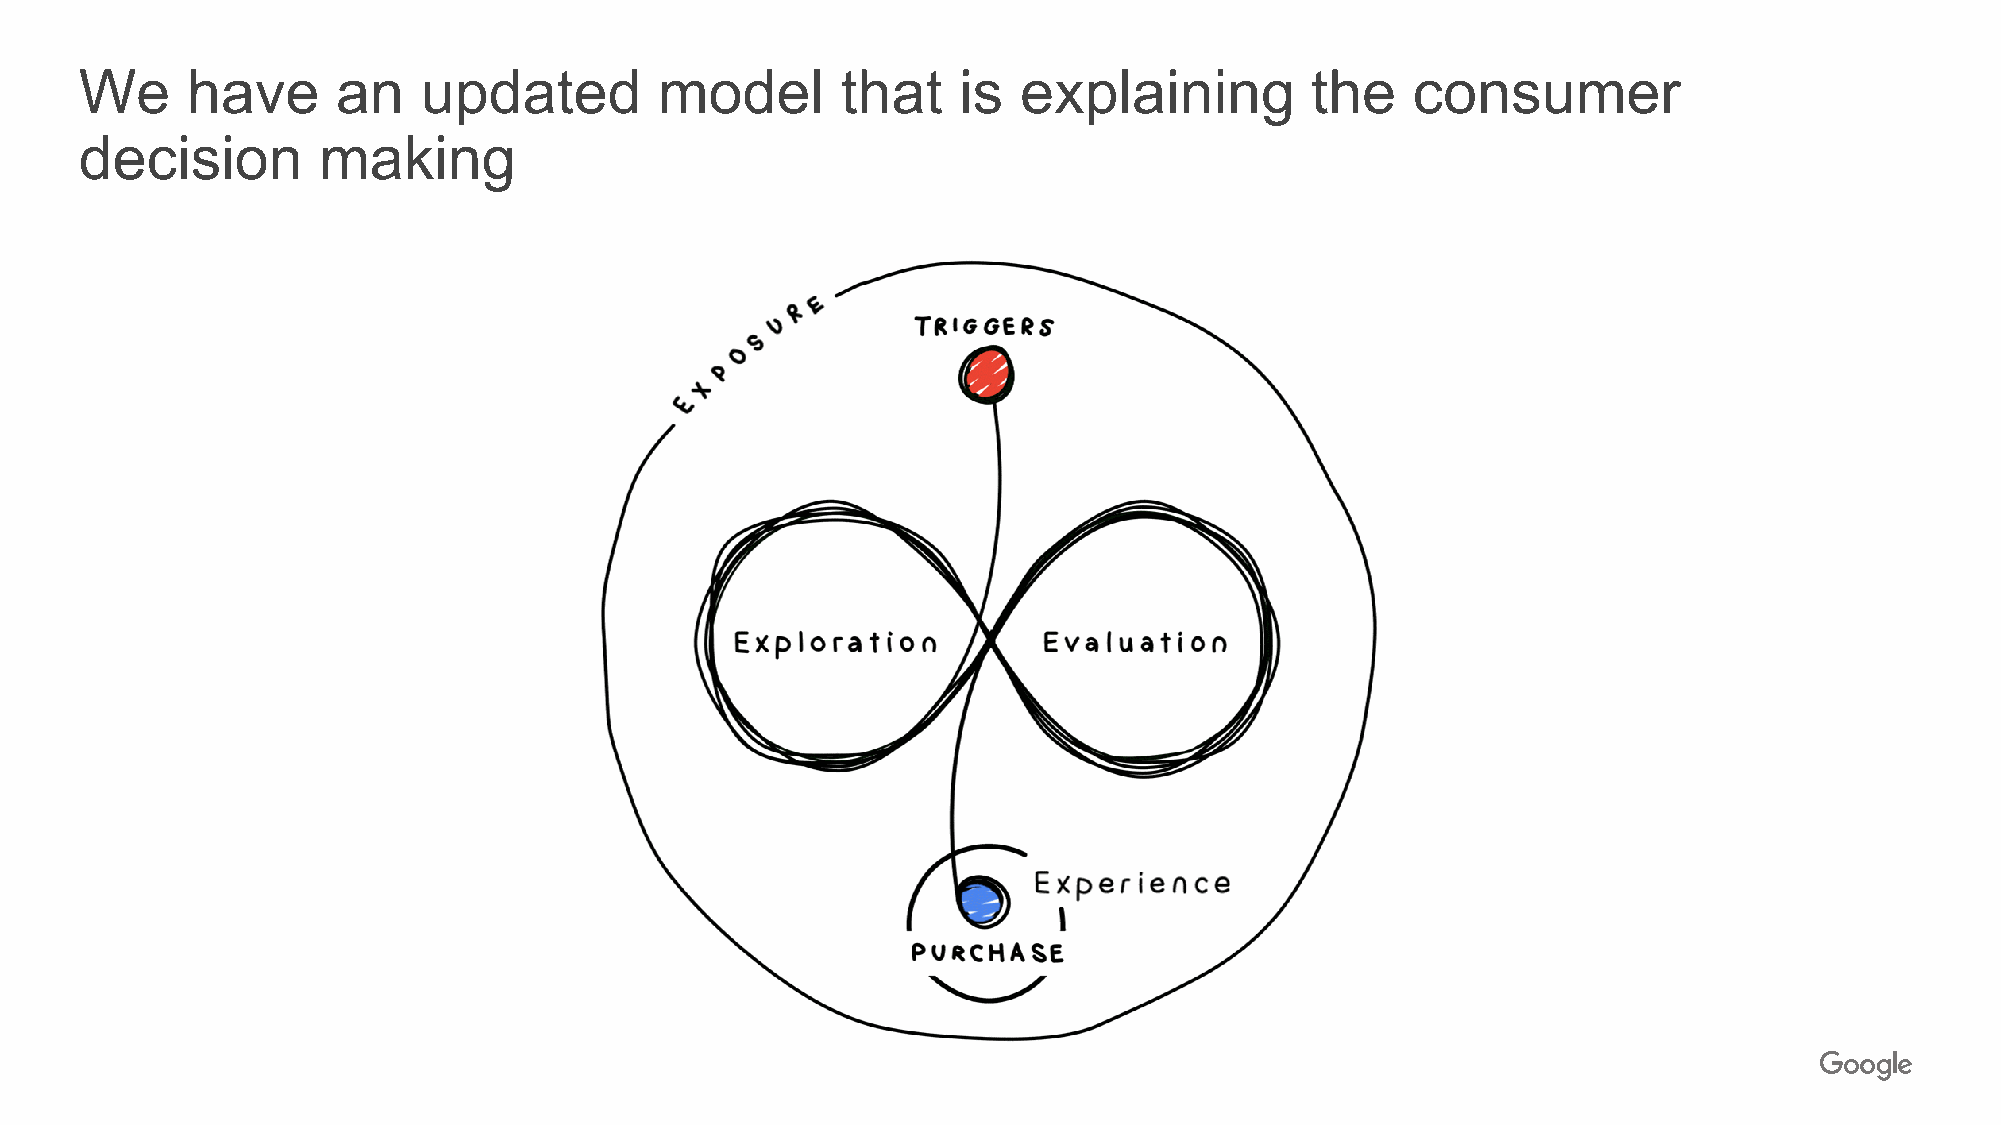
We     have      an    updated         model       that   is   explaining         the   consumer
 Proprietary + Confidential
 decision        making